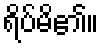
ရိပ်မိ၏။